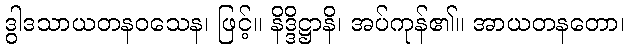
ဒွါဒသာယတနဝသေန၊ ဖြင့်။ နိဒ္ဒိဋ္ဌာနိ၊ အပ်ကုန်၏။ အာယတနတော၊